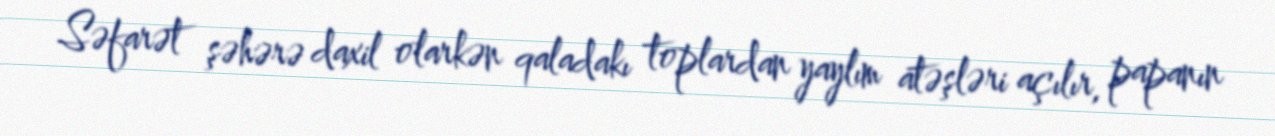
Səfarət şəhərə daxil olarkən qaladakı toplardan yaylım atəşləri açılır, papanın